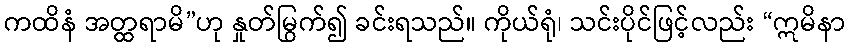
ကထိနံ အတ္ထရာမိ”ဟု နှုတ်မြွက်၍ ခင်းရသည်။ ကိုယ်ရုံ၊ သင်းပိုင်ဖြင့်လည်း “ဣမိနာ